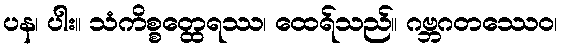
ပန၊ ပါး။ သံကိစ္စတ္ထေရဿ၊ ထေရ်သည်။ ဂဗ္ဘဂတဿေဝ၊